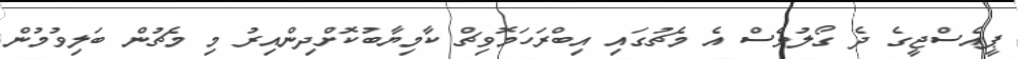
ޕީއެސްޖީގެ ދެ ގޯލުވެސް އެ މެޗުގައި އިބްރަހަމޮވިޗް ކާމިޔާބުކޮށްދިންއިރު މި މެޗުން ބަލިވުމުން